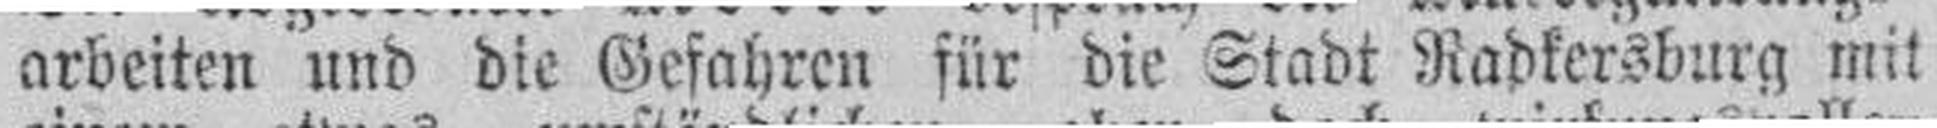
arbeiten und die Gefahren für die Stadt Radkersburg mit